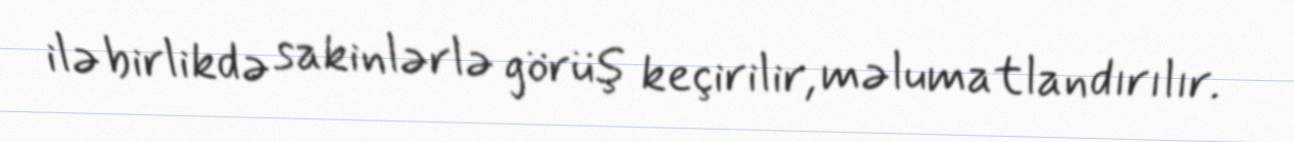
ilə birlikdə sakinlərlə görüş keçirilir, məlumatlandırılır.